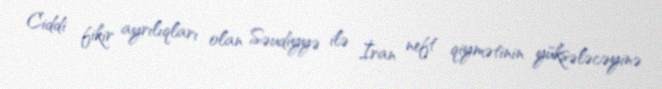
Ciddi fikir ayrılıqları olan Səudiyyə ilə İran neft qiymətinin yüksələcəyinə